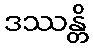
ဒဿန္တိ